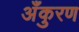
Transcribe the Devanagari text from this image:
अँकुरण